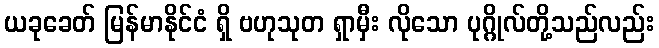
ယခုခေတ် မြန်မာနိုင်ငံ ရှိ ဗဟုသုတ ရှာမှီး လိုသော ပုဂ္ဂိုလ်တို့သည်လည်း